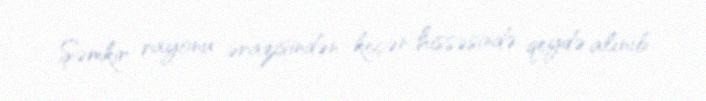
Şəmkir rayonu ərazisindən keçən hissəsində qeydə alınıb.